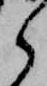
ら